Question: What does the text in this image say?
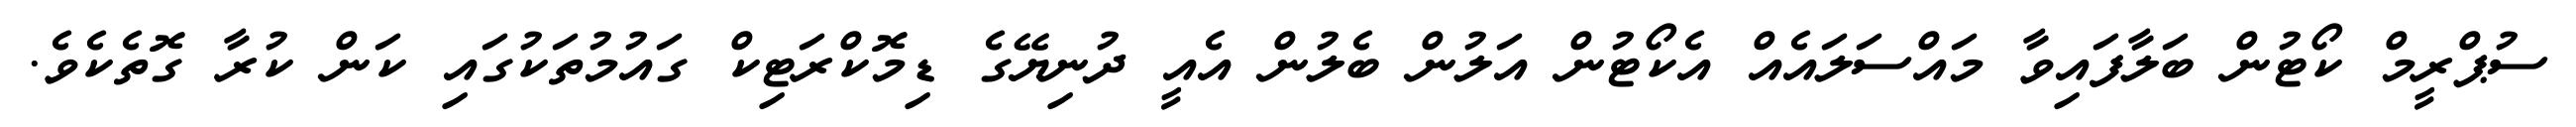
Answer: ސުޕްރީމް ކޯޓުން ބަލާފައިވާ މައްސަލައެއް އެކޯޓުން އަލުން ބެލުން އެއީ ދުނިޔޭގެ ޑިމޮކްރަޓިކް ގައުމުތަކުގައި ކަން ކުރާ ގޮތެކެވެ.